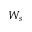
W _ { s }